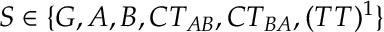
S \in \{ G , A , B , C T _ { A B } , C T _ { B A } , ( T T ) ^ { 1 } \}